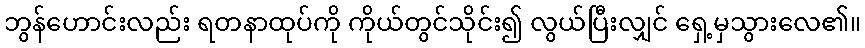
ဘွန်ဟောင်းလည်း ရတနာထုပ်ကို ကိုယ်တွင်သိုင်း၍ လွယ်ပြီးလျှင် ရှေ့မှသွားလေ၏။